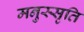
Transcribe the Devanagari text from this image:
मनुस्सृति